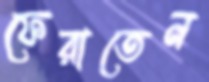
ফেরাতেন